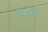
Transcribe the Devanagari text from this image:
फैमेलीज़